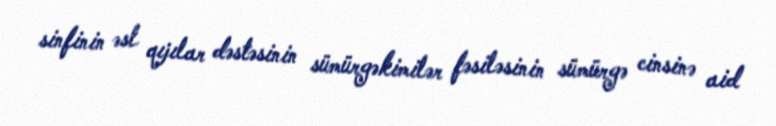
sinfinin əsl qıjılar dəstəsinin sümürgəkimilər fəsiləsinin sümürgə cinsinə aid